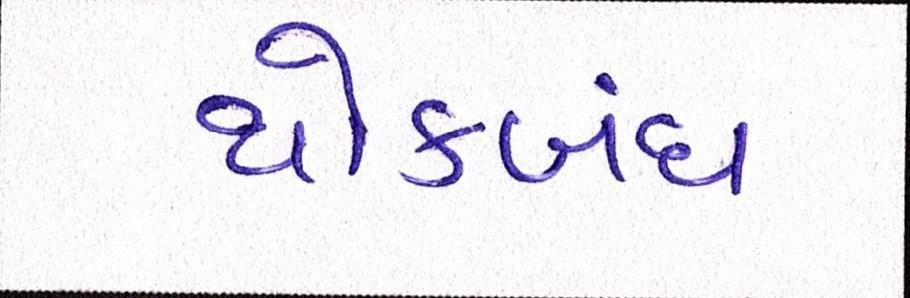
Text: થોકબંધ